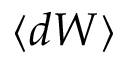
\langle d W \rangle